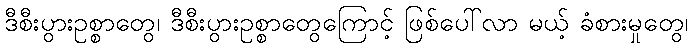
ဒီစီးပွားဥစ္စာတွေ၊ ဒီစီးပွားဥစ္စာတွေကြောင့် ဖြစ်ပေါ်လာ မယ့် ခံစားမှုတွေ၊